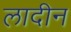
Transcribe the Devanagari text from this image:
लादीन